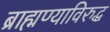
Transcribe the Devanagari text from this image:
ब्राह्मण्याविरुद्ध